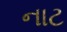
નાટ